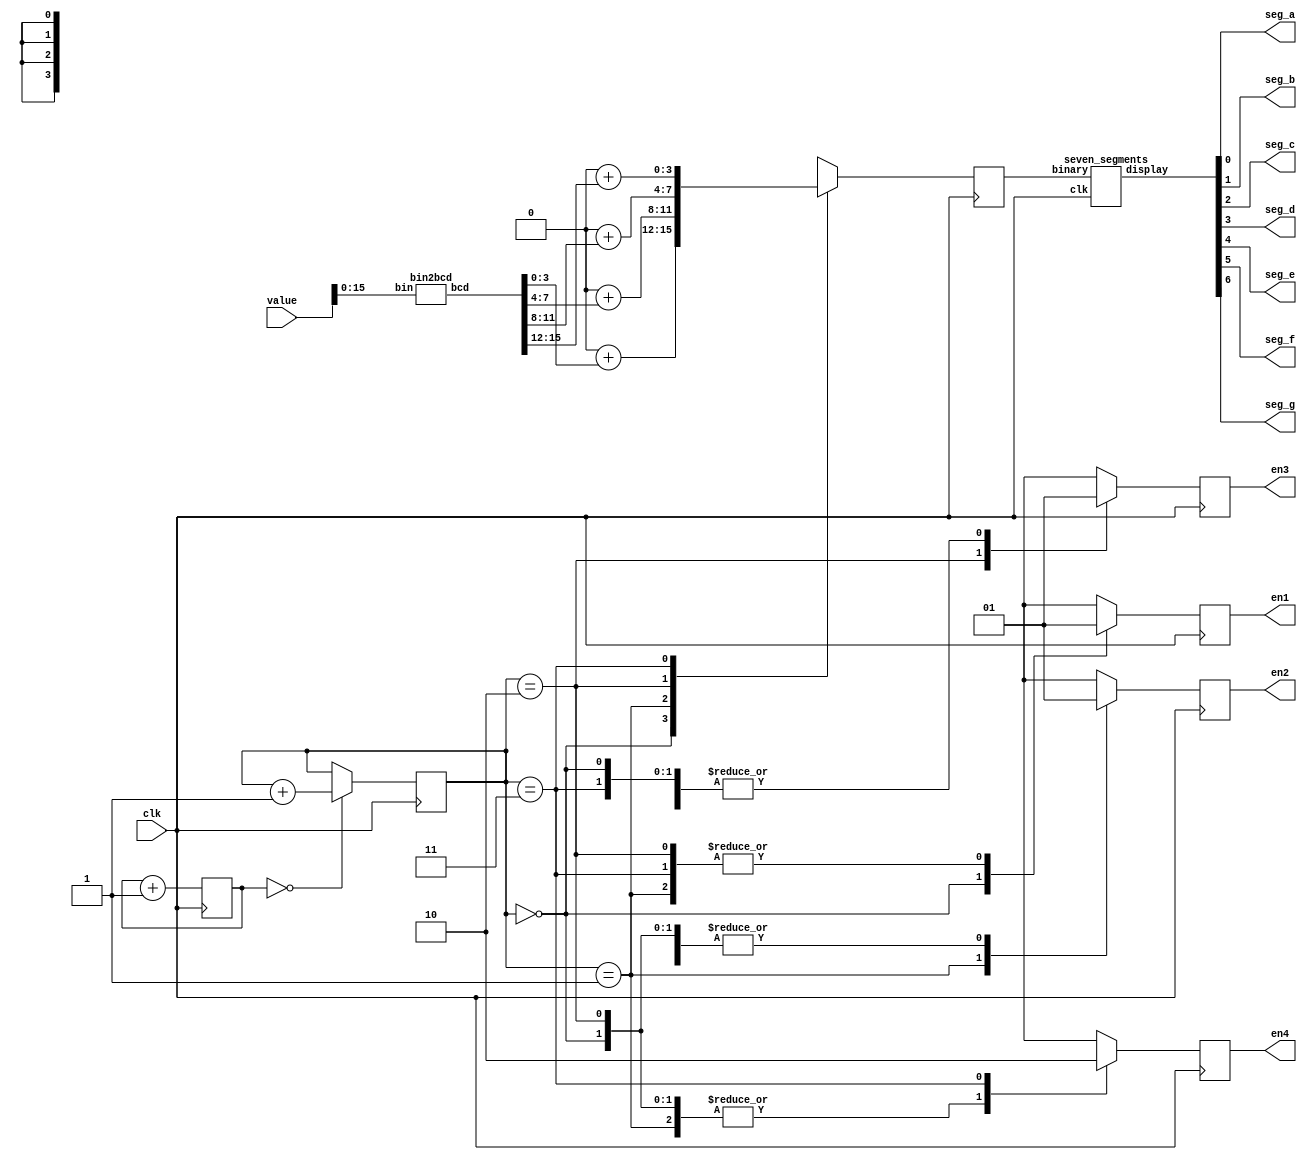
// This program was cloned from: https://github.com/multigcs/riocore
// License: GNU General Public License v2.0


module dis7seg (
        input clk,
        input signed [31:0] value,
        output reg en1,
        output reg en2,
        output reg en3,
        output reg en4,
        output wire seg_a,
        output wire seg_b,
        output wire seg_c,
        output wire seg_d,
        output wire seg_e,
        output wire seg_f,
        output wire seg_g
    );


    wire [6:0] display;
    assign seg_a = display[0];
    assign seg_b = display[1];
    assign seg_c = display[2];
    assign seg_d = display[3];
    assign seg_e = display[4];
    assign seg_f = display[5];
    assign seg_g = display[6];

    wire [19:0] bcd;

    bin2bcd bin2bcd1 (
                .bin (value[15:0]),
                .bcd (bcd)
            );
    wire [7:0] int1;
    wire [7:0] int10;
    wire [7:0] int100;
    wire [7:0] int1000;
    // wire [7:0] int10000;
    assign int1 = 8'd48 + {4'd0, bcd[3:0]};
    assign int10 = 8'd48 + {4'd0, bcd[7:4]};
    assign int100 = 8'd48 + {4'd0, bcd[11:8]};
    assign int1000 = 8'd48 + {4'd0, bcd[15:12]};
    // assign int10000 = 8'd48 + {4'd0, bcd[19:16]};

    reg [3:0] digit;

    reg [7:0] digit_delay = 0;
    reg [1:0] digit_n = 0;
    always @(posedge clk) begin

        digit_delay <= digit_delay + 8'd1;

        if (digit_delay == 0) begin
            digit_n <= digit_n + 2'd1;
        end

        case (digit_n)
            2'h0: begin
                digit <= int1[3:0];
                en1 <= 0;
                en2 <= 1;
                en3 <= 1;
                en4 <= 1;
            end
            2'h1: begin
                digit <= int10[3:0];
                en1 <= 1;
                en2 <= 0;
                en3 <= 1;
                en4 <= 1;
            end
            2'h2: begin
                digit <= int100[3:0];
                en1 <= 1;
                en2 <= 1;
                en3 <= 0;
                en4 <= 1;
            end
            2'h3: begin
                digit <= int1000[3:0];
                en1 <= 1;
                en2 <= 1;
                en3 <= 1;
                en4 <= 0;
            end
        endcase

    end


    seven_segments ss1 (
                       .clk(clk),
                       .binary(digit),
                       .display(display)
                   );

endmodule

module bin2bcd(
        input [15:0] bin,
        output reg [19:0] bcd
    );
    integer i;
    always @(bin) begin
        bcd=0;
        for (i = 0; i < 16; i = i + 1) begin
            if (bcd[3:0] >= 5) bcd[3:0] = bcd[3:0] + 4'd3;
            if (bcd[7:4] >= 5) bcd[7:4] = bcd[7:4] + 4'd3;
            if (bcd[11:8] >= 5) bcd[11:8] = bcd[11:8] + 4'd3;
            if (bcd[15:12] >= 5) bcd[15:12] = bcd[15:12] + 4'd3;
            if (bcd[19:16] >= 5) bcd[19:16] = bcd[19:16] + 4'd3;

            bcd = {bcd[18:0], bin[15 - i]};
        end
    end
endmodule



module seven_segments (
        input wire clk,
        input wire [3:0] binary,
        output reg [6:0] display
    );

    always @(binary) begin
        case (binary)
            4'h0: display = 7'b0111111;
            4'h1: display = 7'b0000110;
            4'h2: display = 7'b1011011;
            4'h3: display = 7'b1001111;
            4'h4: display = 7'b1100110;
            4'h5: display = 7'b1101101;
            4'h6: display = 7'b1111101;
            4'h7: display = 7'b0000111;
            4'h8: display = 7'b1111111;
            4'h9: display = 7'b1101111;

            4'ha: display = 7'b1110111;
            4'hb: display = 7'b1111100;
            4'hc: display = 7'b0111001;
            4'hd: display = 7'b1011110;
            4'he: display = 7'b1111001;
            4'hf: display = 7'b1110001;
            default: display = 7'b1111001;
        endcase
    end

endmodule